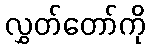
လွှတ်တော်ကို